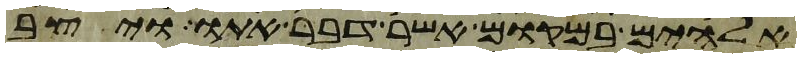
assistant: אלהים במקום אשר דבר אתו ויצב